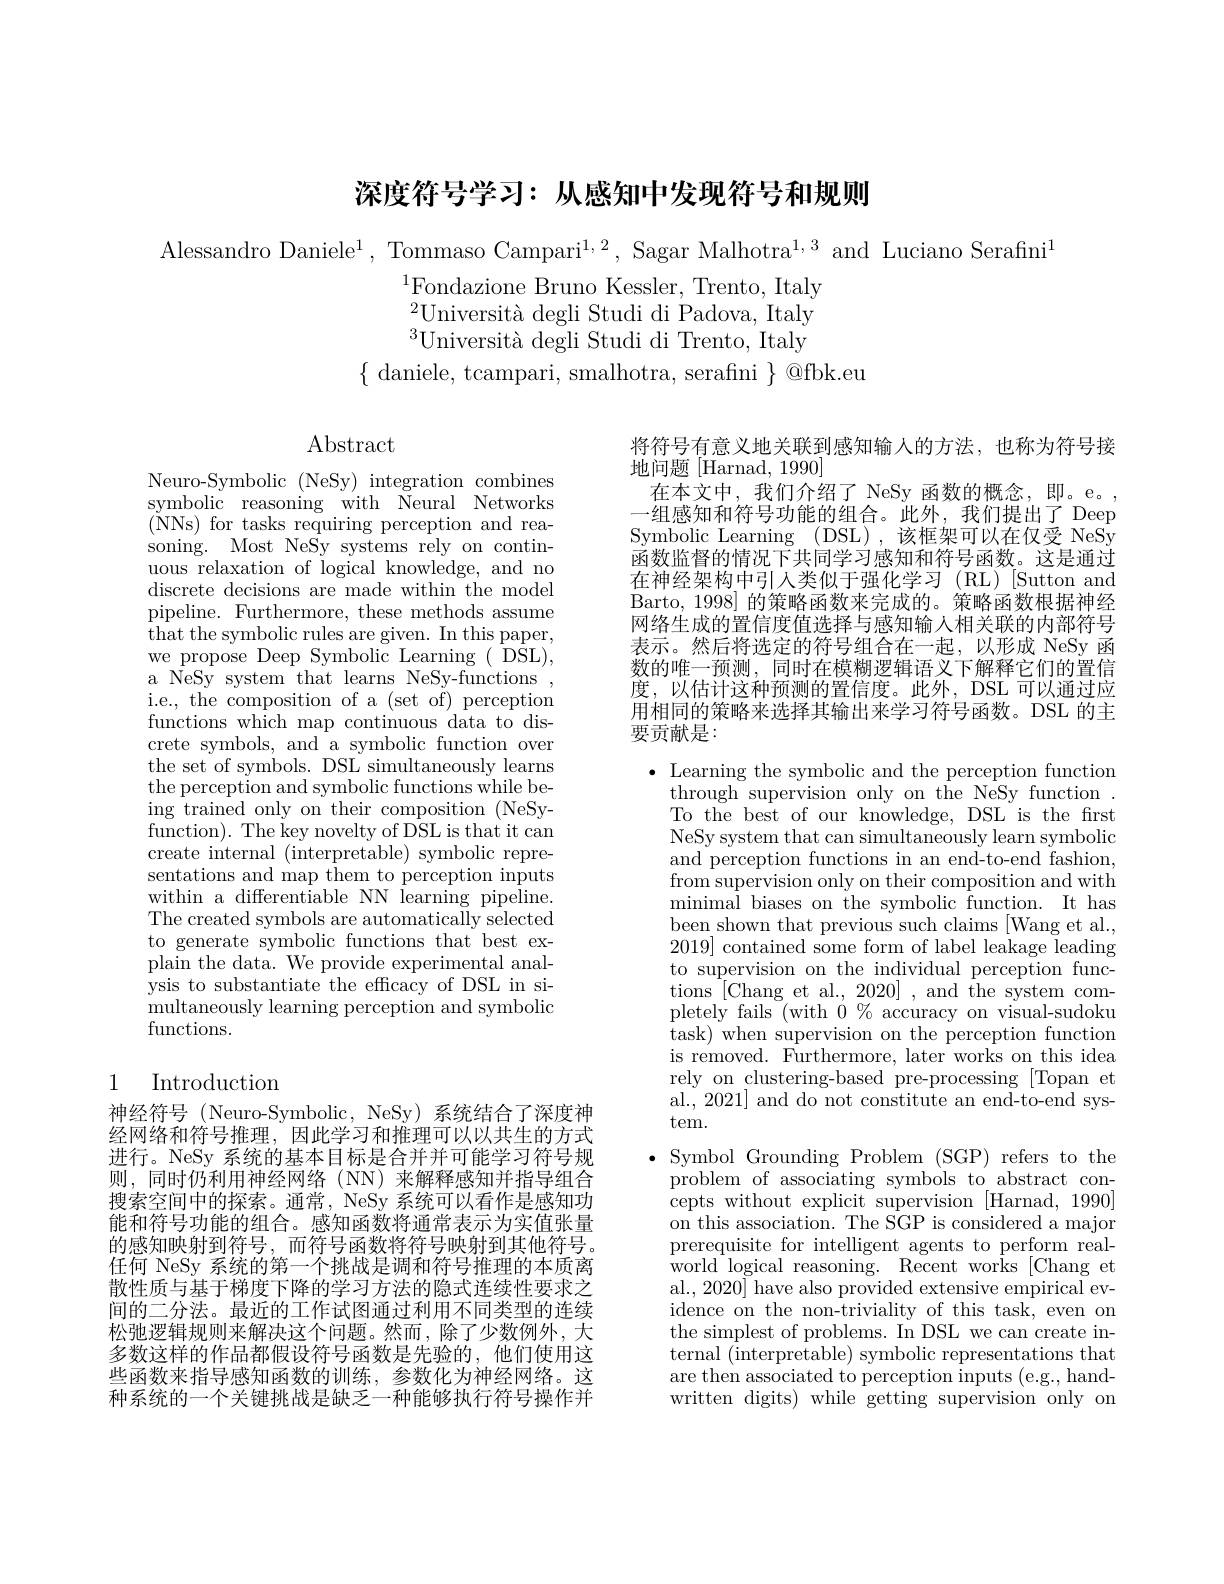
深度符号学习：从感知中发现符号和规则

Alessandro Daniele$^1$,Tommaso Campari$^1,2$, Sagar Malhotra$^1,3$ and Luciano Serafini$^1$
$^{1}$Fondazione Bruno Kessler, Trento, Italy $^{2}\text{Universit\`{a} degli Studi di Padova, Italy}$ $^{3}$Università degli Studi di Trento, Italy
$\{$ daniele, tcampari, smalhotra, serafini $\}$ @fbk.eu

Abstract

将符号有意义地关联到感知输人的方法，也称为符号接
地问题[Harnad, 1990]
在本文中，我们介绍了 NeSy 函数的概念，即。e。, 一组感知和符号功能的组合。此外，我们提出了 Deep Symbolic Learning (DSL),该框架可以在仅受 NeSy 函数监督的情况下共同学习感知和符号函数。这是通过在神经架构中引人类似于强化学习(RL)[Sutton and Barto, 1998] 的策略函数来完成的。策略函数根据神经网络生成的置信度值选择与感知输人相关联的内部符号表示。然后将选定的符号组合在一起，以形成 NeSy 函数的唯一预测，同时在模糊逻辑语义下解释它们的置信度，以估计这种预测的置信度。此外，DSL 可以通过应用相同的策略来选择其输出来学习符号函数。DSL 的主要贡献是：

Neuro-Symbolic (NeSy) integration combines symbolic reasoning with Neural Networks ( NNs) for tasks requiring perception and rea- soning. Most Ne$\bar{\mathrm{Sy}}$ systems rely on continuous relaxation of logical knowledge, and no discrete decisions are made within the model pipeline. Furthermore, these methods assume that the symbolic rules are given. In this paper, we propose Deep Symbolic Learning ( DSL), a NeSy system that learns NeSy-functions i.e., the composition of a (set of) perception functions which map continuous data to discrete symbols, and a symbolic function over the set of symbols. DSL simultaneously learns the perception and symbolic functions while being trained only on their composition (NeSyfunction). The key novelty of DSL is that it can create internal (interpretable) symbolic representations and map them to perception inputs within a differentiable NN learning pipeline. The created symbols are automatically selected to generate symbolic functions that best explain the data. We provide experimental analysis to substantiate the efficacy of DSL in simultaneously learning perception and symbolic functions.

$\bullet$ Learning the symbolic and the perception function
through supervision only on the NeSy function . To the best of our knowledge, DSL is the first NeSy system that can simultaneously learn symbolic and perception functions in an end-to-end fashion, from supervision only on their composition and with minimal biases on the symbolic function. It has been shown that previous such claims [Wang et al., 2019] contained some form of label leakage leading to supervision on the individual perception functions [Chang et al., 2020] , and the system completely fails ( $with 0 \%$ accuracy on visual-sudoku task) when supervision on the perception function is removed. Furthermore, later works on this idea rely on clustering-based pre-processing [Topan et al., 2021] and do not constitute an end-to-end system.
$\bullet$ Symbol Grounding Problem (SGP) refers to the
problem of associating symbols to abstract concepts without explicit supervision [ Harnad, 1990] on this association. The SGP is considered a major prerequisite for intelligent agents to perform realworld logical reasoning. Recent works [Chang et al., 2020] have also provided extensive empirical evidence on the non-triviality of this task, even on the simplest of problems. In DSL we can create internal (interpretable) symbolic representations that are then associated to perception inputs (e.g., handwritten digits) while getting supervision only on

# 1 Introduction

神经符号 (Neuro-Symbolic,NeSy)系统结合了深度神经网络和符号推理，因此学习和推理可以以共生的方式进行。NeSy 系统的基本目标是合并并可能学习符号规则，同时仍利用神经网络(NN)来解释感知并指导组合搜索空间中的探索。通常，NeSy 系统可以看作是感知功能和符号功能的组合。感知函数将通常表示为实值张量的感知映射到符号，而符号函数将符号映射到其他符号。任何 NeSy 系统的第一个挑战是调和符号推理的本质离散性质与基于梯度下降的学习方法的隐式连续性要求之间的二分法。最近的工作试图通过利用不同类型的连续松弛逻辑规则来解决这个问题。然而，除了少数例外，大多数这样的作品都假设符号函数是先验的，他们使用这些函数来指导感知函数的训练，参数化为神经网络。这种系统的一个关键挑战是缺乏一种能够执行符号操作并